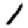
Digit: 1